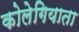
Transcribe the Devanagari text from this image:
कोलेगियाता